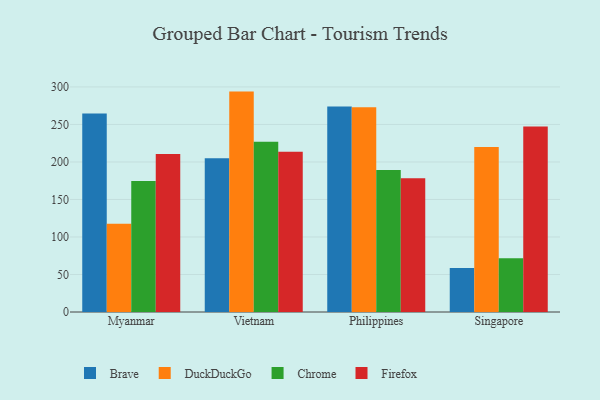
{"axis": {"x": "Country", "y": "Backlog"}, "legend": ["Brave", "Chrome", "DuckDuckGo", "Firefox"], "data": [{"x": "Myanmar", "y": 264.5, "type": "Brave"}, {"x": "Myanmar", "y": 117.6, "type": "DuckDuckGo"}, {"x": "Myanmar", "y": 174.7, "type": "Chrome"}, {"x": "Myanmar", "y": 210.6, "type": "Firefox"}, {"x": "Vietnam", "y": 205.1, "type": "Brave"}, {"x": "Vietnam", "y": 293.8, "type": "DuckDuckGo"}, {"x": "Vietnam", "y": 227.1, "type": "Chrome"}, {"x": "Vietnam", "y": 213.7, "type": "Firefox"}, {"x": "Philippines", "y": 274.1, "type": "Brave"}, {"x": "Philippines", "y": 273.0, "type": "DuckDuckGo"}, {"x": "Philippines", "y": 189.2, "type": "Chrome"}, {"x": "Philippines", "y": 178.3, "type": "Firefox"}, {"x": "Singapore", "y": 58.7, "type": "Brave"}, {"x": "Singapore", "y": 219.9, "type": "DuckDuckGo"}, {"x": "Singapore", "y": 71.6, "type": "Chrome"}, {"x": "Singapore", "y": 247.2, "type": "Firefox"}]}